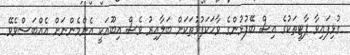
ގުޅިފައިވާ ޕާޓީތަކުގެ އިސް ބޭފުޅުންގެ ވާހަކަފުޅުތަކަށް ބަލާއިރު ވެސް އިބޫއަކީ އެންމެންނަށް އެއްބަސްވެވޭ